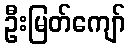
ဦးမြတ်ကျော်